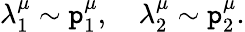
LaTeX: \lambda_{1}^{\mu}\sim\mathtt{p}_{1}^{\mu},\quad\lambda_{2}^{\mu}\sim\mathtt{p}_{2}^{\mu}.